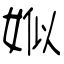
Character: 娰